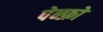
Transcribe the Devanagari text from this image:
पेन्फ्रो